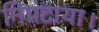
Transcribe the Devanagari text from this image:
निपटाया।